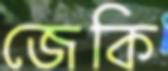
জেকি